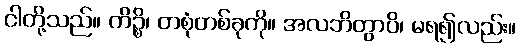
ငါတို့သည်။ ကိဉ္စိ၊ တစုံတစ်ခုကို။ အလဘိတွာပိ၊ မရ၍လည်း။